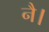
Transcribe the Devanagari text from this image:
नै।